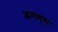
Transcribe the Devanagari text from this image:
अगम्‍य